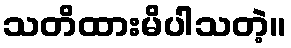
သတိထားမိပါသတဲ့။